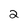
Character: 2